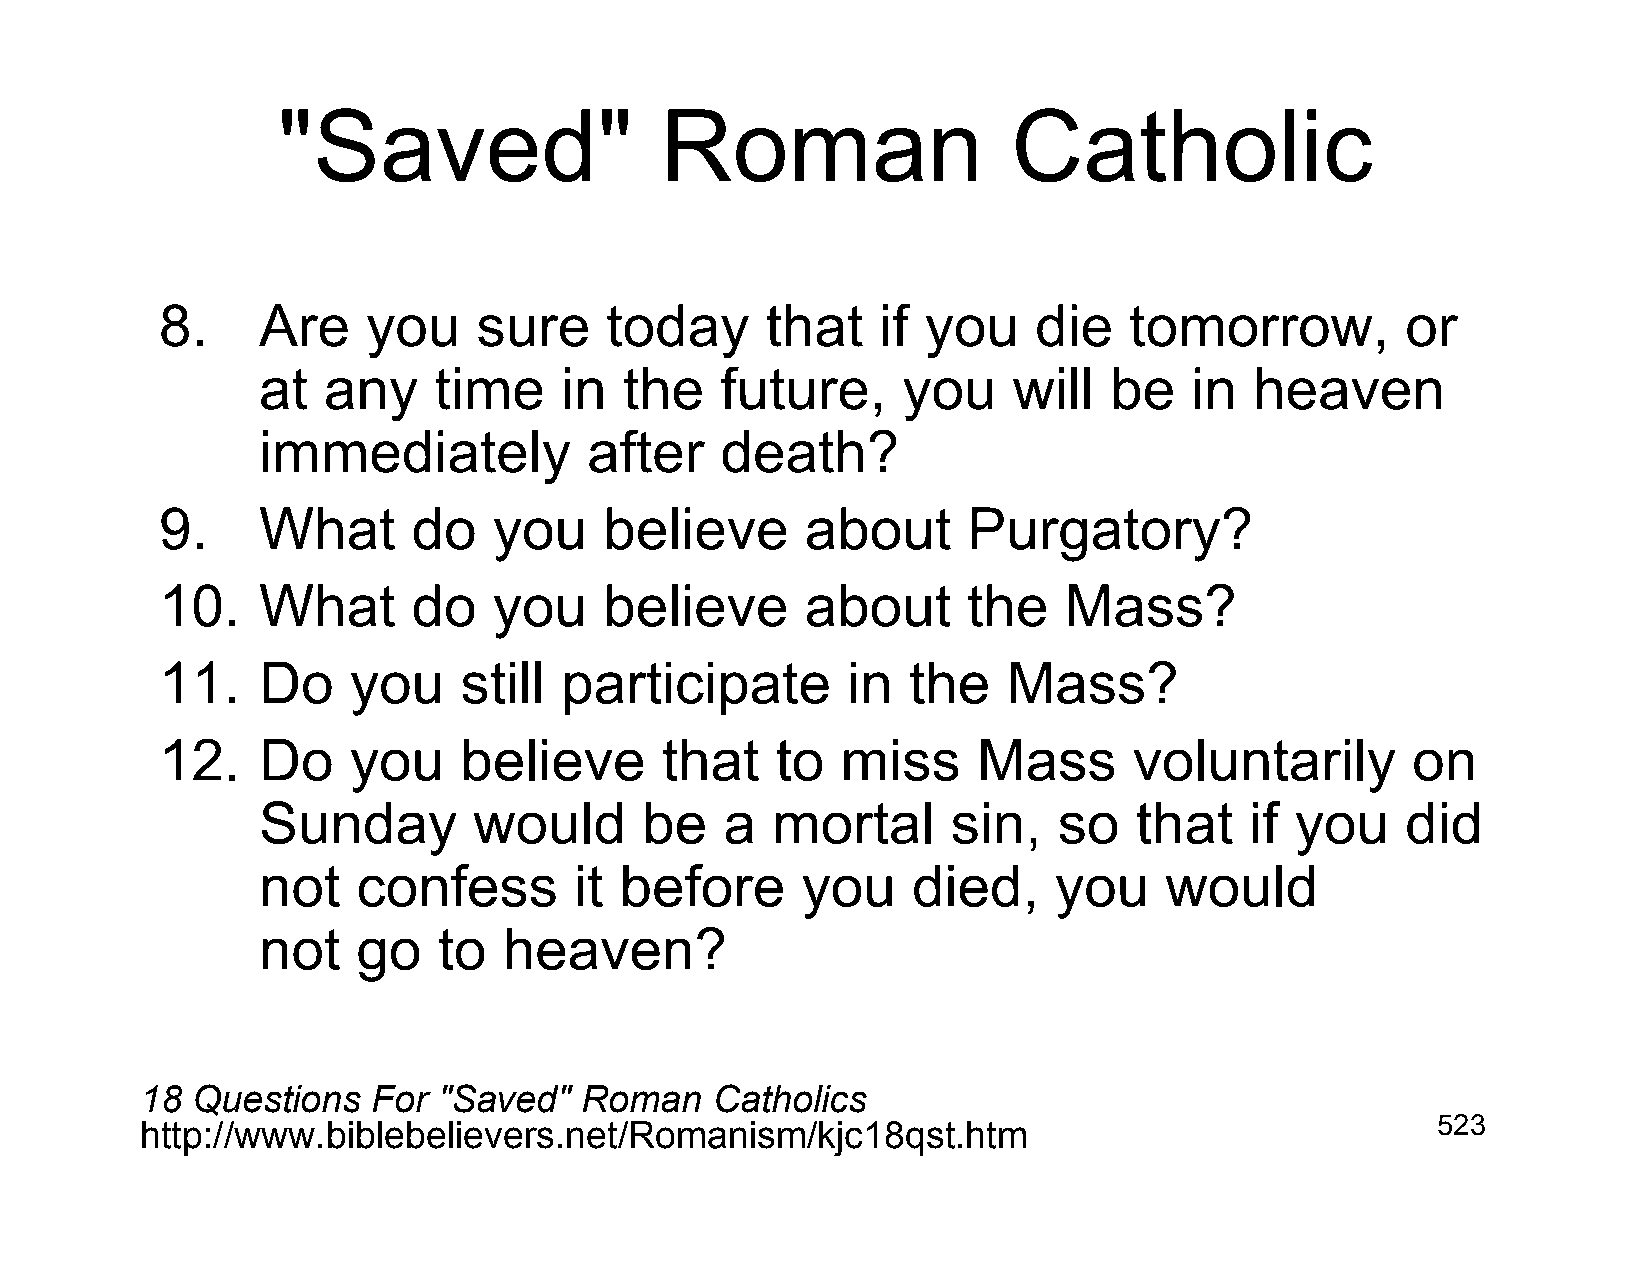
"Saved"                   Roman                  Catholic
 8.    Are    you     sure    today      that   if you    die    tomorrow,         or
 at  any     time    in  the    future,     you    will  be    in  heaven
 immediately           after    death?
 9.    What      do    you    believe      about      Purgatory?
 10.   What      do    you    believe      about      the   Mass?
 11.   Do    you    still  participate        in  the    Mass?
 12.   Do    you    believe       that   to   miss     Mass      voluntarily       on
 Sunday        would      be    a  mortal      sin,   so   that    if you    did
 not    confess       it before      you    died,     you    would
 not    go   to  heaven?
 18  Questions   For "Saved"  Roman    Catholics
 http://www.biblebelievers.net/Romanism/kjc18qst.htm                                   523